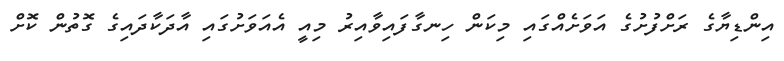
އިންޑިޔާގެ ރަށްފުށުގެ އަވަށެއްގައި މިކަން ހިނގާފައިވާއިރު މިއީ އެއަވަށުގައި އާދަކާދައިގެ ގޮތުން ކޮށް